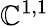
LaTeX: \mathbb{C}^{1,1}